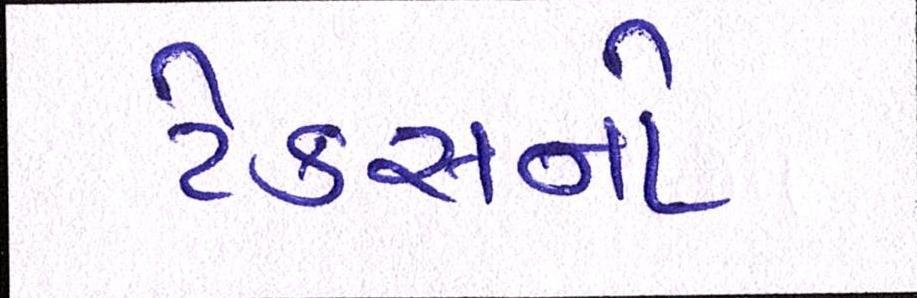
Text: ટેક્સનો